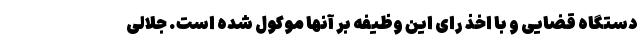
دستگاه قضایی و با اخذ رای این وظیفه بر آنها موکول شده است. جلالی